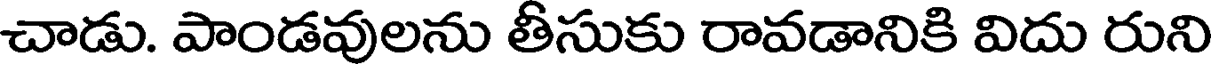
చాడు. పాండవులను తీసుకు రావడానికి విదు రుని